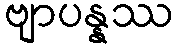
ဗျာပန္နဿ